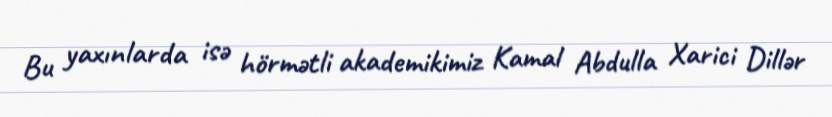
Bu yaxınlarda isə hörmətli akademikimiz Kamal Abdulla Xarici Dillər